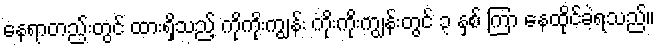
နေရာတည်းတွင် ထားရှိသည့် ကိုကိုးကျွန်း ကိုးကိုးကျွန်းတွင် ၃ နှစ် ကြာ နေထိုင်ခဲ့ရသည်။